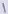
Text: 1